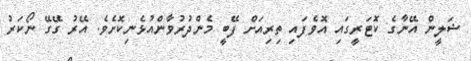
ޝަލީން އޭނާގެ ކޮޓަރީގައި އޮވެފައި ތިރިއަށް ފޭބީ މެންދުރުވާންއުޅެނިކޮށެވެ. އޭރު ގޭގޭ ނޯކަރު